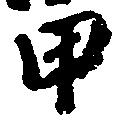
甲